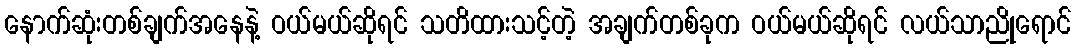
နောက်ဆုံးတစ်ချက်အနေနဲ့ ဝယ်မယ်ဆိုရင် သတိထားသင့်တဲ့ အချက်တစ်ခုက ဝယ်မယ်ဆိုရင် လယ်သာညိုရောင်